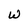
Character: W